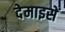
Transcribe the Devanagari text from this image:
देमाइसें